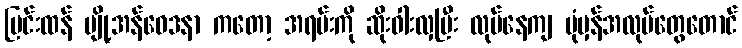
ပြင်းထန် ပျို့အန်ဝေဒနာ ကတော့ အရမ်းကို ဆိုးဝါးလှပြီး လုပ်နေကျ ပုံမှန်အလုပ်တွေတောင်